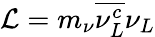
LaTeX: {\cal L}=m_{\nu}\overline{{{\nu_{L}^{c}}}}\nu_{L}